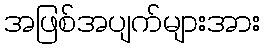
အဖြစ်အပျက်များအား